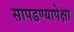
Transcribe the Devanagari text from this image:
सापडण्यापेक्षा